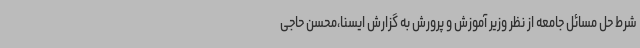
شرط حل مسائل جامعه از نظر وزیر آموزش و پرورش به گزارش ایسنا،محسن حاجی